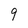
Character: 9